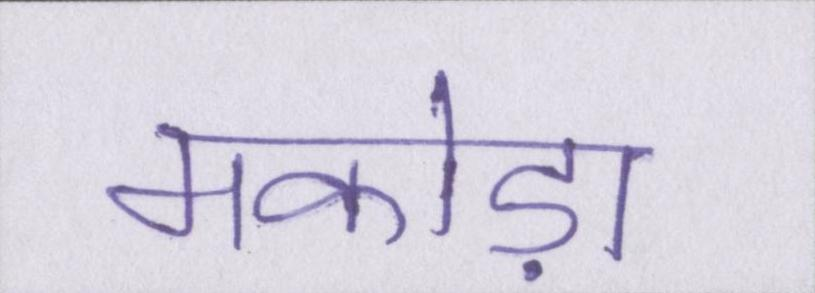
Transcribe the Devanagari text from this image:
मकोड़ा